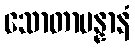
သောတာပန္နာနံ